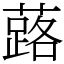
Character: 蕗